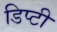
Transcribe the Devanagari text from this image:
डिप्‍टी